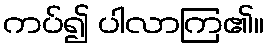
ကပ်၍ ပါလာကြ၏။